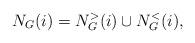
LaTeX: \begin{align*}N_G(i) = N_G^>(i) \cup N_G^<(i),\end{align*}